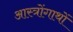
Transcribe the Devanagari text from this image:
आस्त्रोंगाथों